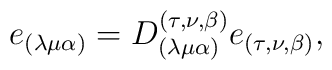
e_{(\lambda\mu\alpha)}=D_{(\lambda\mu\alpha)}^{(\tau,\nu,\beta)}e_{(\tau,\nu,\beta)},